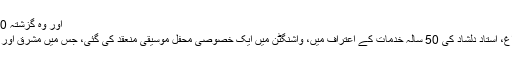
اور وہ گزشتہ 50برسوں سے مشرقی موسیقی اور صوفی موسیقی کا مظاہرہ کررہے ہیں
واشنگٹن — برصغیر کے معروف موسیقی کے گھرانے کے چشم و چراغ، استاد دلشاد کی 50 سالہ خدمات کے اعتراف میں، واشنگٹن میں ایک خصوصی محفل موسیقی منعقد کی گئی، جس میں مشرق اور مغرب کے فنکاورں نے مشترکہ طور پر صوفی موسیقی کا مظاہرہ کیا۔